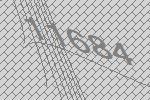
11684